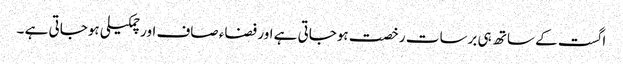
اگست کے ساتھ ہی برسات رخصت ہوجاتی ہے اور فضاء صاف اور چمکیلی ہوجاتی ہے ۔